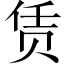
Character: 赁